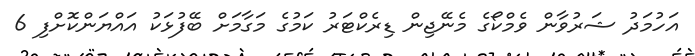
އަހުމަދު ޝަރުވާން ވެމްކޯގެ މެނޭޖިން ޑިރެކްޓަރު ކަމުގެ މަގާމަށް ބޭފުޅަކު އައްޔަންކޮށްފި 6